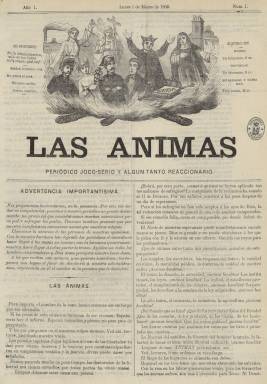
Título: Las Ánimas (Madrid)
Colección: Periódicos || Revistas satíricas y humorísticas
Ámbito geográfico: Madrid
Lugar de publicación: Madrid
Fechas: 01/03/1869-26/07/1869

Con el subtítulo “periódico joco-serio y algún tanto reaccionario”, fue fundado y redactado por Diego Bahamonde y de Lanz, futuro marqués de Zafra (1878), junto a sus hermanos José y Miguel, siendo un semanario, que salía cada lunes, de carácter político-satírico, pero también crítico-noticioso, que, con una vida de apenas medio año, publicó 22 entregas, de cuatro páginas cada una, compuestas a dos columnas, desde el uno de marzo al 26 de julio de 1869, tras las elecciones que dieron paso al proceso constituyente constitucional democrático. El primer número fue estampado en la Imprenta de Florencio Gamayo y Sicardo, y los restantes en la también madrileña de Enrique de la Riva.

Fue un periódico en el que sus redactores imprimieron su ideología conservadora (católica y dinástica y por tanto a favor de la reina depuesta) y cuya cabecera será ocupada por un grabado en la que aparecen tres teas (con los nombres de los principales artífices de la revolución septembrina, los generales Serrano, Prim y Topete) que prenden fuego a una alegoría de la propiedad, la corona, el clero, la justicia y la economía. Denominaba “almas benditas” –de ahí el título que adoptó- a “los templos, los sacerdotes, las vírgenes del Señor, la caridad cristiana, la moralidad pública, la doctrina, la unidad de nuestro culto”.

Será contra los progresistas, como el regente Serrano o el ministro de la Gobernación, Práxedes Mateo Sagasta, contra los que fueron destinados los textos, tanto en prosa como en verso, que aparecieron publicados en sus páginas, pero sus dardos son también dirigidos contra la prensa democrática, a la que acusa de difundir “veneno” a las masas.

Los textos no van firmados, y fue Hartzenbusch (1894) quien adscribió la autoría a los hermanos Bahamonde y de Lanz. Asimismo, el artículo Los triunviratos (nombre por el que eran conocidos los republicanos Castelar, Pi y Margall y Figueras), publicado en su entrega del 19 de abril, ha sido atribuido a Aureliano Fernández-Guerra. Su última entrega comienza con un artículo con el epígrafe El último Juan, que probablemente fue dirigido contra Prim, que comenzará a buscar pretendiente a la Corona de España establecida por la Constitución.

Diego Bahamonde fue autor de algunas obras y colaborador, entre otros periódicos, del diario monárquico La Época y de El Nacional (1903). Entre 1916 y 1917 será senador por Alicante.